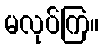
မလုပ်ကြ။